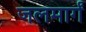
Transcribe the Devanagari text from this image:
जलमार्गं